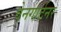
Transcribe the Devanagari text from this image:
वेनगार्टनर